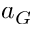
a _ { G }